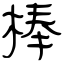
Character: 棒